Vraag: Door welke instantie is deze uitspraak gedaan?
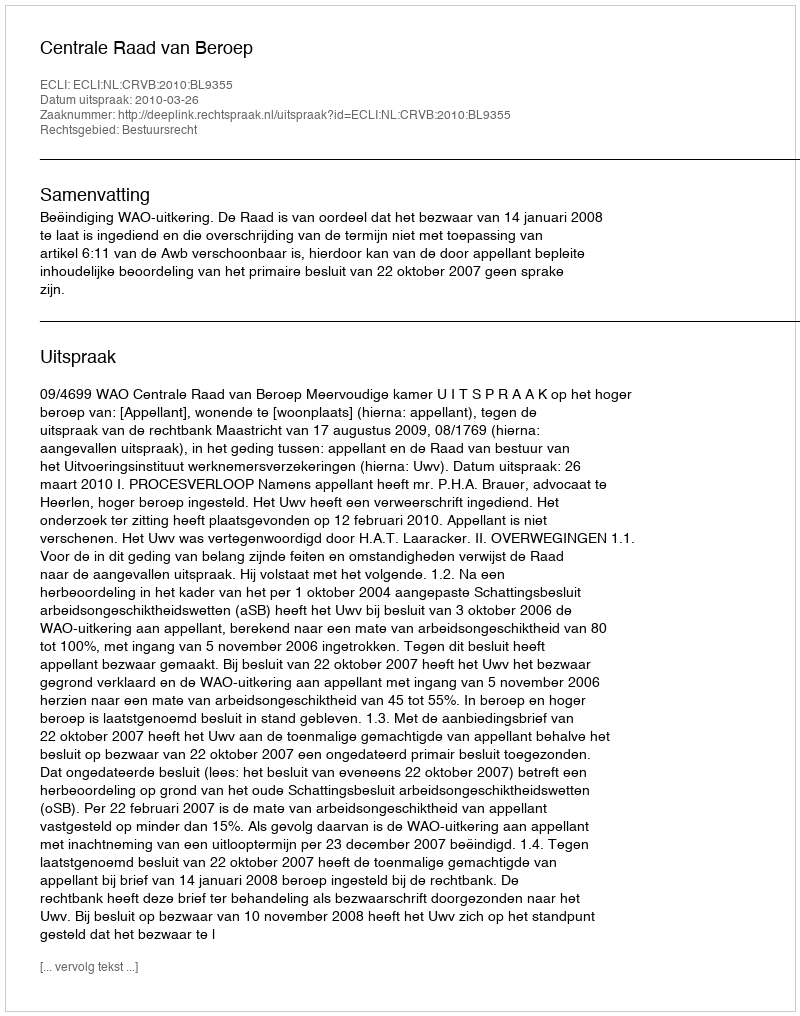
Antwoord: Centrale Raad van Beroep